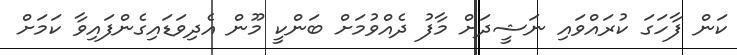
ކަން ފާހަގަ ކުރައްވައި ނަޝީދަށް މާފު ދެއްވުމަށް ބަންކީ މޫން އެދިވަޑައިގެންފައިވާ ކަމަށް